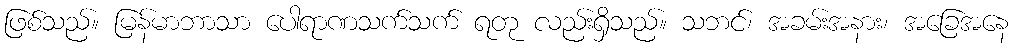
ဖြစ်သည်။ မြန်မာဘာသာ ပေါရာဏသက်သက် ရတု လည်းရှိသည်။ သဘင်၊ အခမ်းအနား၊ အခြေအနေ